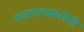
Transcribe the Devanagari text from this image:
स्थापत्यकलेची